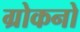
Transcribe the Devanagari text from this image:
ग्रोकनो